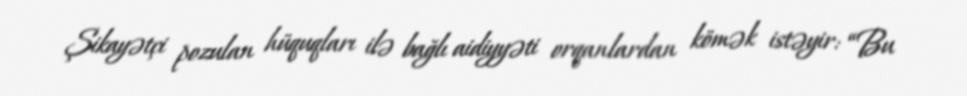
Şikayətçi pozulan hüquqları ilə bağlı aidiyyəti orqanlardan kömək istəyir: “Bu